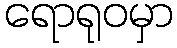
ရောရုဝမှာ